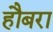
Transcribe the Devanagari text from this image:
हौबरा